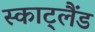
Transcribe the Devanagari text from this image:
स्काट्लैंड